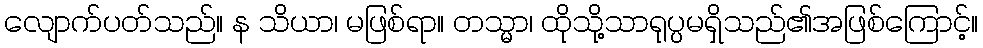
လျောက်ပတ်သည်။ န သိယာ၊ မဖြစ်ရာ။ တသ္မာ၊ ထိုသို့သာရုပ္ပမရှိသည်၏အဖြစ်ကြောင့်။